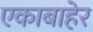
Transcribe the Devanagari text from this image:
एकाबाहेर